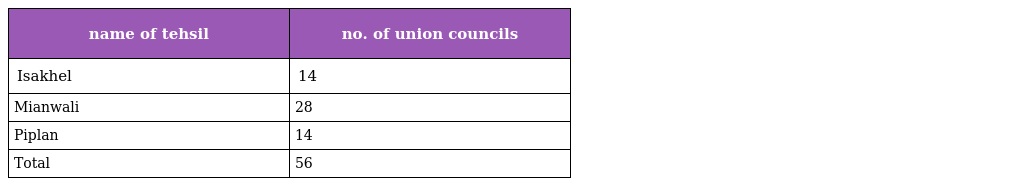
| name of tehsil | no. of union councils |
 | --- | --- |
 | Isakhel | 14 |
 | Mianwali | 28 |
 | Piplan | 14 |
 | Total | 56 |